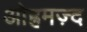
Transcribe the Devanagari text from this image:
ओह्रमज़्द